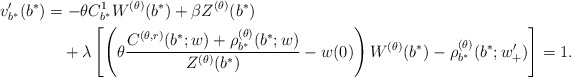
\begin{align*}v_{b^*}'(b^*) &= - \theta C^1_{b^{*}} W^{(\theta)}(b^*) + \beta Z^{(\theta)}(b^*) \\&\quad+ \lambda \left[\left( \theta \dfrac{{C^{(\theta,r)}(b^*;w)} + \rho_{b^{*}}^{(\theta)}(b^*;w)}{Z^{(\theta)}(b^*)} -w(0)\right)W^{(\theta)}(b^*) - \rho^{(\theta)}_{b^*}(b^*;w'_{+}) \right]=1 .\end{align*}